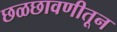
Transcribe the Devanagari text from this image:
छळछावणीतून